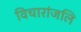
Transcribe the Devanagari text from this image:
विचारांजलि